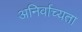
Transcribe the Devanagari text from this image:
अनिर्वाच्यता